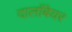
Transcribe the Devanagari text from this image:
दालाँबेयर